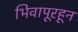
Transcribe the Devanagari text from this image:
भिवापूरहून